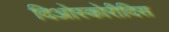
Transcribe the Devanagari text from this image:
दिओस्कोरीदिस